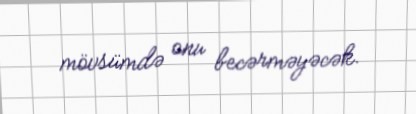
mövsümdə onu becərməyəcək.